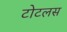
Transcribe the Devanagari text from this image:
टोटलस